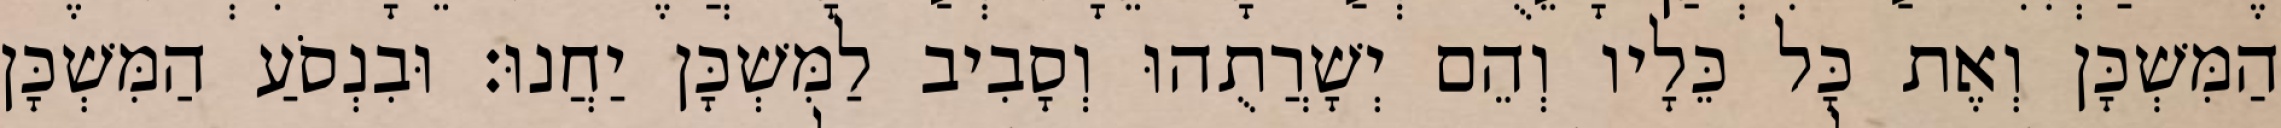
הַמִּשְׁכָּן וְאֶת כָּל כֵּלָיו וְהֵם יְשָׁרֲתֻהוּ וְסָבִיב לַמִּשְׁכָּן יַחֲנוּ׃ וּבִנְסֹעַ הַמִּשְׁכָּן